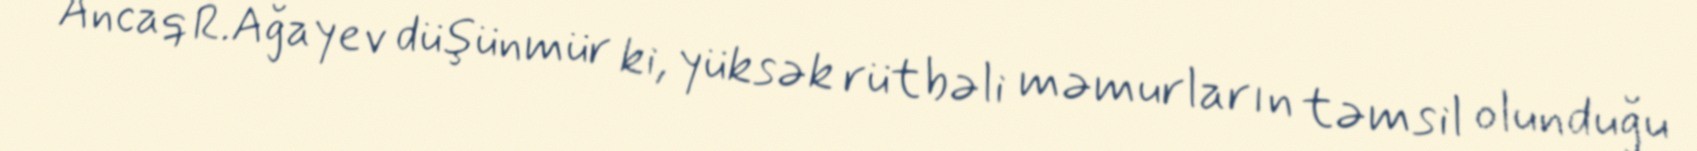
Ancaq R.Ağayev düşünmür ki, yüksək rütbəli məmurların təmsil olunduğu